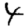
Digit: 4